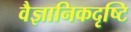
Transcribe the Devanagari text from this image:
वैज्ञानिकदृष्टि